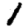
Digit: 1